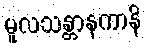
မူလသန္တာနကာနိ